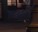
૨૦૦ની